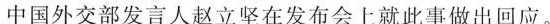
中国外交部发言人赵立坚在发布会上就此事做出回应。